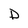
Character: D